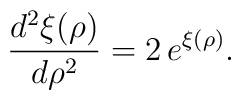
\frac{d^{2}\xi (\rho)}{d\rho^{2}}=2\, e^{\xi (\rho)}.